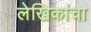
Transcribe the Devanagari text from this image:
लेखिकांचा